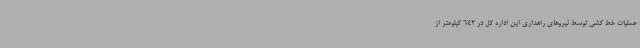
عملیات خط کشی توسط نیروهای راهداری این اداره کل در 642 کیلومتر از